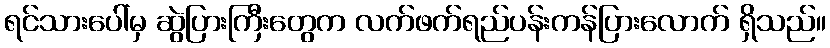
ရင်သားပေါ်မှ ဆွဲပြားကြီးတွေက လက်ဖက်ရည်ပန်းကန်ပြားလောက် ရှိသည်။